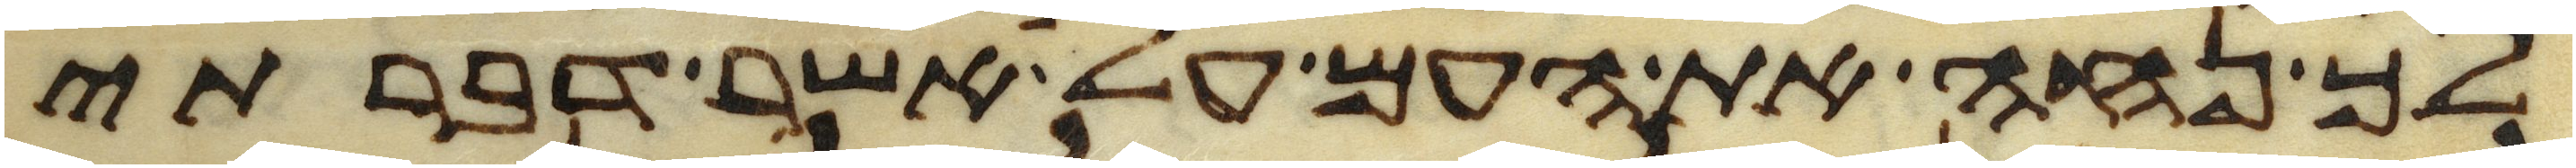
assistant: לך נחה את העם על אשר דברתי